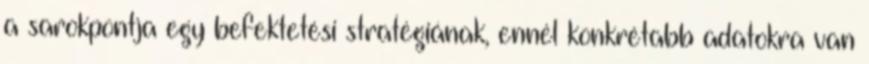
a sarokpontja egy befektetési stratégiának, ennél konkrétabb adatokra van